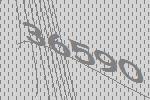
36590